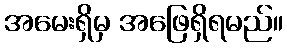
အမေးရှိမှ အဖြေရှိရမည်။